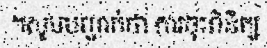
។សូមបញ្ជាក់ថា ការចុះពិនិត្យ